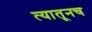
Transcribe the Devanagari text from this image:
त्‍यातूनच